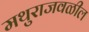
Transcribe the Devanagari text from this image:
मथुराजवळील